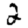
Digit: 2